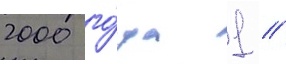
2000 го́да 1 /